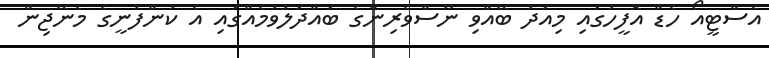
އެސްޓީއޯ ހެޑް އޮފީހުގައި މިއަދު ބޭއްވި ނޫސްވެރިންގެ ބައްދަލުވުމެއްގައި އެ ކުންފުނީގެ މެނޭޖިން